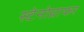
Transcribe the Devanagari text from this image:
स्टेनोग्राफर